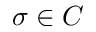
\sigma \in C